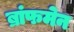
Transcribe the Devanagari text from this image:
ब्रांफमेन